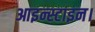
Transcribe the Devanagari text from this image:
आइन्स्टाइन।